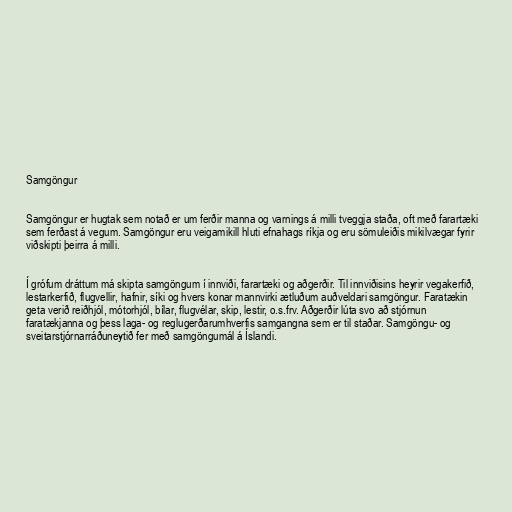
Samgöngur

Samgöngur er hugtak sem notað er um ferðir manna og varnings á milli tveggja staða, oft með farartæki
sem ferðast á vegum. Samgöngur eru veigamikill hluti efnahags ríkja og eru sömuleiðis mikilvægar fyrir
viðskipti þeirra á milli.

Í grófum dráttum má skipta samgöngum í innviði, farartæki og aðgerðir. Til innviðisins heyrir vegakerfið,
lestarkerfið, flugvellir, hafnir, síki og hvers konar mannvirki ætluðum auðveldari samgöngur. Faratækin
geta verið reiðhjól, mótorhjól, bílar, flugvélar, skip, lestir, o.s.frv. Aðgerðir lúta svo að stjórnun
faratækjanna og þess laga- og reglugerðarumhverfis samgangna sem er til staðar. Samgöngu- og
sveitarstjórnarráðuneytið fer með samgöngumál á Íslandi.